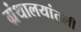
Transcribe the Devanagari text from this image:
ग्रंथालयांतली